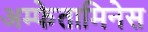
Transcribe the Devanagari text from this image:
अम्फेतामिनेस